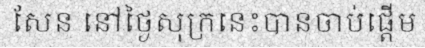
សែន នៅថ្ងៃសុក្រនេះបានចាប់ផ្តើម